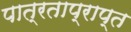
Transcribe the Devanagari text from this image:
पात्रताप्राप्त